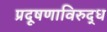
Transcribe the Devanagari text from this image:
प्रदूषणाविरुद्ध